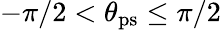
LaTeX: -\pi/2<\theta_{\mathrm{ps}}\le\pi/2